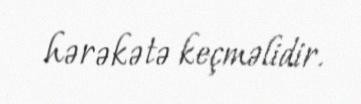
hərəkətə keçməlidir.